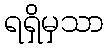
ရရှိမှသာ